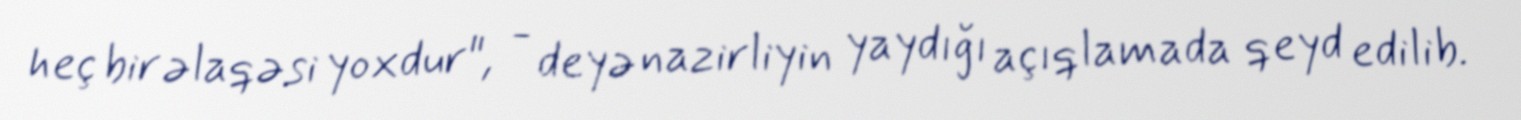
heç bir əlaqəsi yoxdur", - deyə nazirliyin yaydığı açıqlamada qeyd edilib.